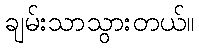
ချမ်းသာသွားတယ်။